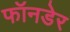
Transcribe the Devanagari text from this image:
फॉनडेर